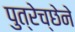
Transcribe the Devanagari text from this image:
पुत्रेच्छेने